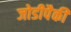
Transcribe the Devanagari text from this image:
जोडीपैकी